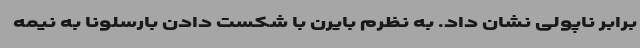
برابر ناپولی نشان داد. به نظرم بایرن با شکست دادن بارسلونا به نیمه